Scottish Leaving Certificate Examination, 1960
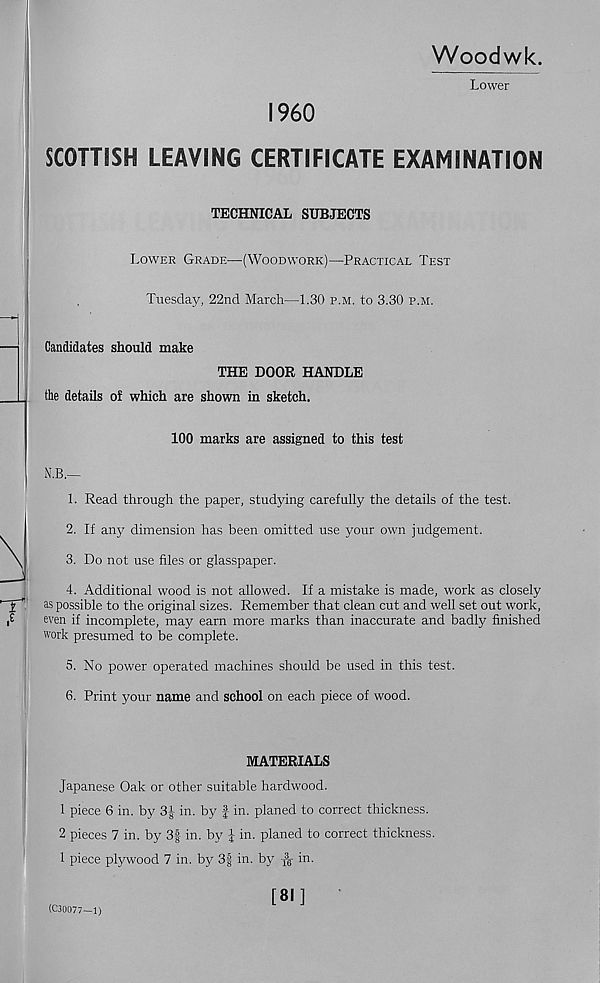
Woodwk.
Lower
I960
SCOTTISH LEAVING CERTIFICATE EXAMINATION
TECHNICAL SUBJECTS
Lower Grade—(Woodwork)—Practical Test
Tuesday, 22nd March—1.30 p.m. to 3.30 p.m.
Candidates should make
THE DOOR HANDLE
the detaUs of which are shown in sketch.
100 marks are assigned to this test
N.B.—
1. Read through the paper, studying carefully the details of the test.
2. If an}? dimension has been omitted use your own judgement.
3. Do not use files or glasspaper.
4. Additional wood is not allowed. If a mistake is made, work as closely
as possible to the original sizes. Remember that clean cut and well set out work,
even if incomplete, may earn more marks than inaccurate and badly finished
work presumed to be complete.
5. No power operated machines should be used in this test.
6. Print your name and school on each piece of wood.
MATERIALS
Japanese Oak or other suitable hardwood.
1 piece 6 in. by 3| in. by f in. planed to correct thickness.
2 pieces 7 in. by 3§ in. by J in. planed to correct thickness.
1 piece plywood 7 in. by 3-| in. by
in.
(C30077—1)
[81]